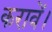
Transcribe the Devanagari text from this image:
करावें।